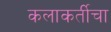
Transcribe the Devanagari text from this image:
कलाकर्तीचा